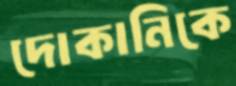
দোকানিকে